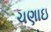
ચણાઇ